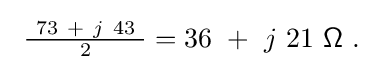
{\textstyle \ {\frac {\ 73\ +\ j\ 43\ }{2}}=36\ +\ j\ 21\ {\mathsf {\Omega }}~.}